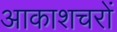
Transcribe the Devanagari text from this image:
आकाशचरों